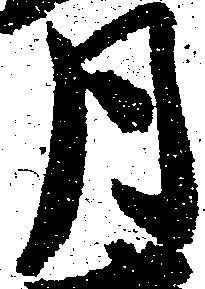
月